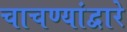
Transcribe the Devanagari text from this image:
चाचण्यांद्वारे